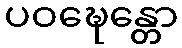
ပဝဍ္ဎေန္တော